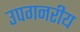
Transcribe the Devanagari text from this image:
उपगनरीय